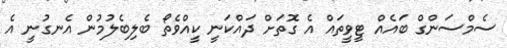
ސެމްސަންގް ބައެއް ޓީވީތައް އެ ގޮތަށް ދައްކަނީ ކީއްވެތޯ ބެލިބެލުމުން އެނގުނީ އެ